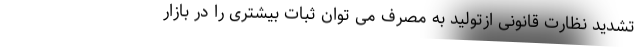
تشدید نظارت قانونی ازتولید به مصرف می توان ثبات بیشتری را در بازار